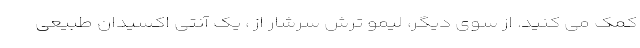
کمک می کنید. از سوی دیگر، لیمو ترش سرشار از ، یک آنتی اکسیدان طبیعی